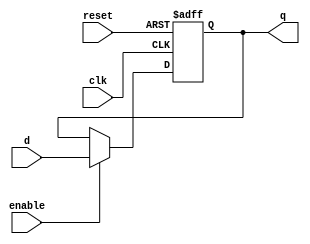
module d_flip_flop (
    input wire clk,
    input wire reset,
    input wire enable,
    input wire d,
    output reg q
);

// D-type latch for storing data
always @(posedge clk or posedge reset)
begin
    if (reset)
        q <= 1'b0; // synchronous reset
    else if (enable)
        q <= d; // load new data on clock edge
end

endmodule